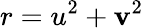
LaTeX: r=u^{2}+\mathbf{v}^{2}